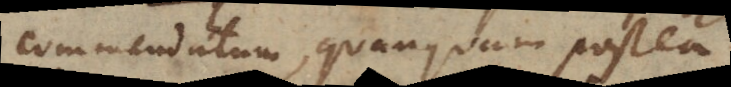
commendatum, quanquam postea